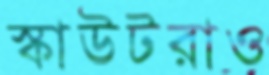
স্কাউটরাও